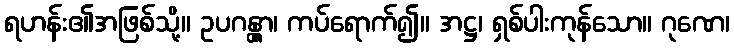
ရဟန်း၏အဖြစ်သို့။ ဥပဂန္တွာ၊ ကပ်ရောက်၍။ အဋ္ဌ၊ ရှစ်ပါးကုန်သော။ ဂုဏေ၊